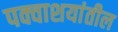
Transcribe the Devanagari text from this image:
पक्वाशयांतील